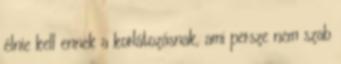
élnie kell ennek a korlátozásnak, ami persze nem szab